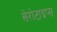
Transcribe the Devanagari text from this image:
सेरोटाइप्स